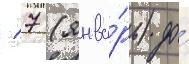
/ 7 (янва́рь) до́